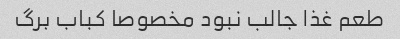
طعم غذا جالب نبود مخصوصا کباب برگ